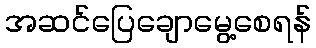
အဆင်ပြေချောမွေ့စေရန်